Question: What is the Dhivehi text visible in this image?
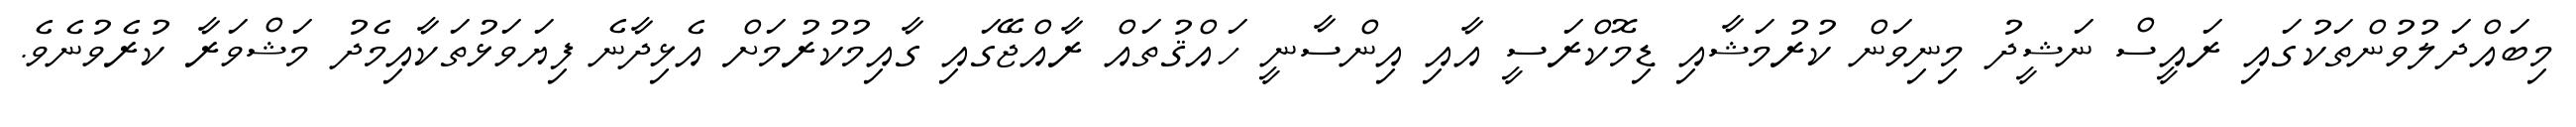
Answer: މިބައްދަލުވުންތަކުގައި ރައީސް ނަޝީދު މިނިވަން ކުރުމަޝާއި ޑިމޮކްރަސީ އާއި އިންސާނީ ހައްޤުތައް ރާއްޖޭގައި ގާއިމުކުރުމަށް އެޅިދާނެ ފިޔަވަޅުތަކާއިމެދު މަޝްވަރާ ކުރެވުނެވެ.